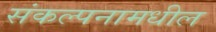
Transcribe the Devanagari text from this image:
संकल्पनामधील